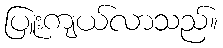
ပြူးကျယ်လာသည်။